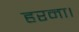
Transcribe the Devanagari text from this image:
हरना।